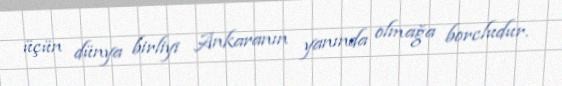
üçün dünya birliyi Ankaranın yanında olmağa borcludur.